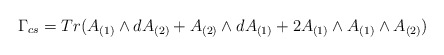
\begin{align*}\Gamma_{cs} = Tr(A_{(1)} \wedge dA_{(2)} + A_{(2)} \wedge dA_{(1)} + 2A_{(1)} \wedge A_{(1)} \wedge A_{(2)})\end{align*}